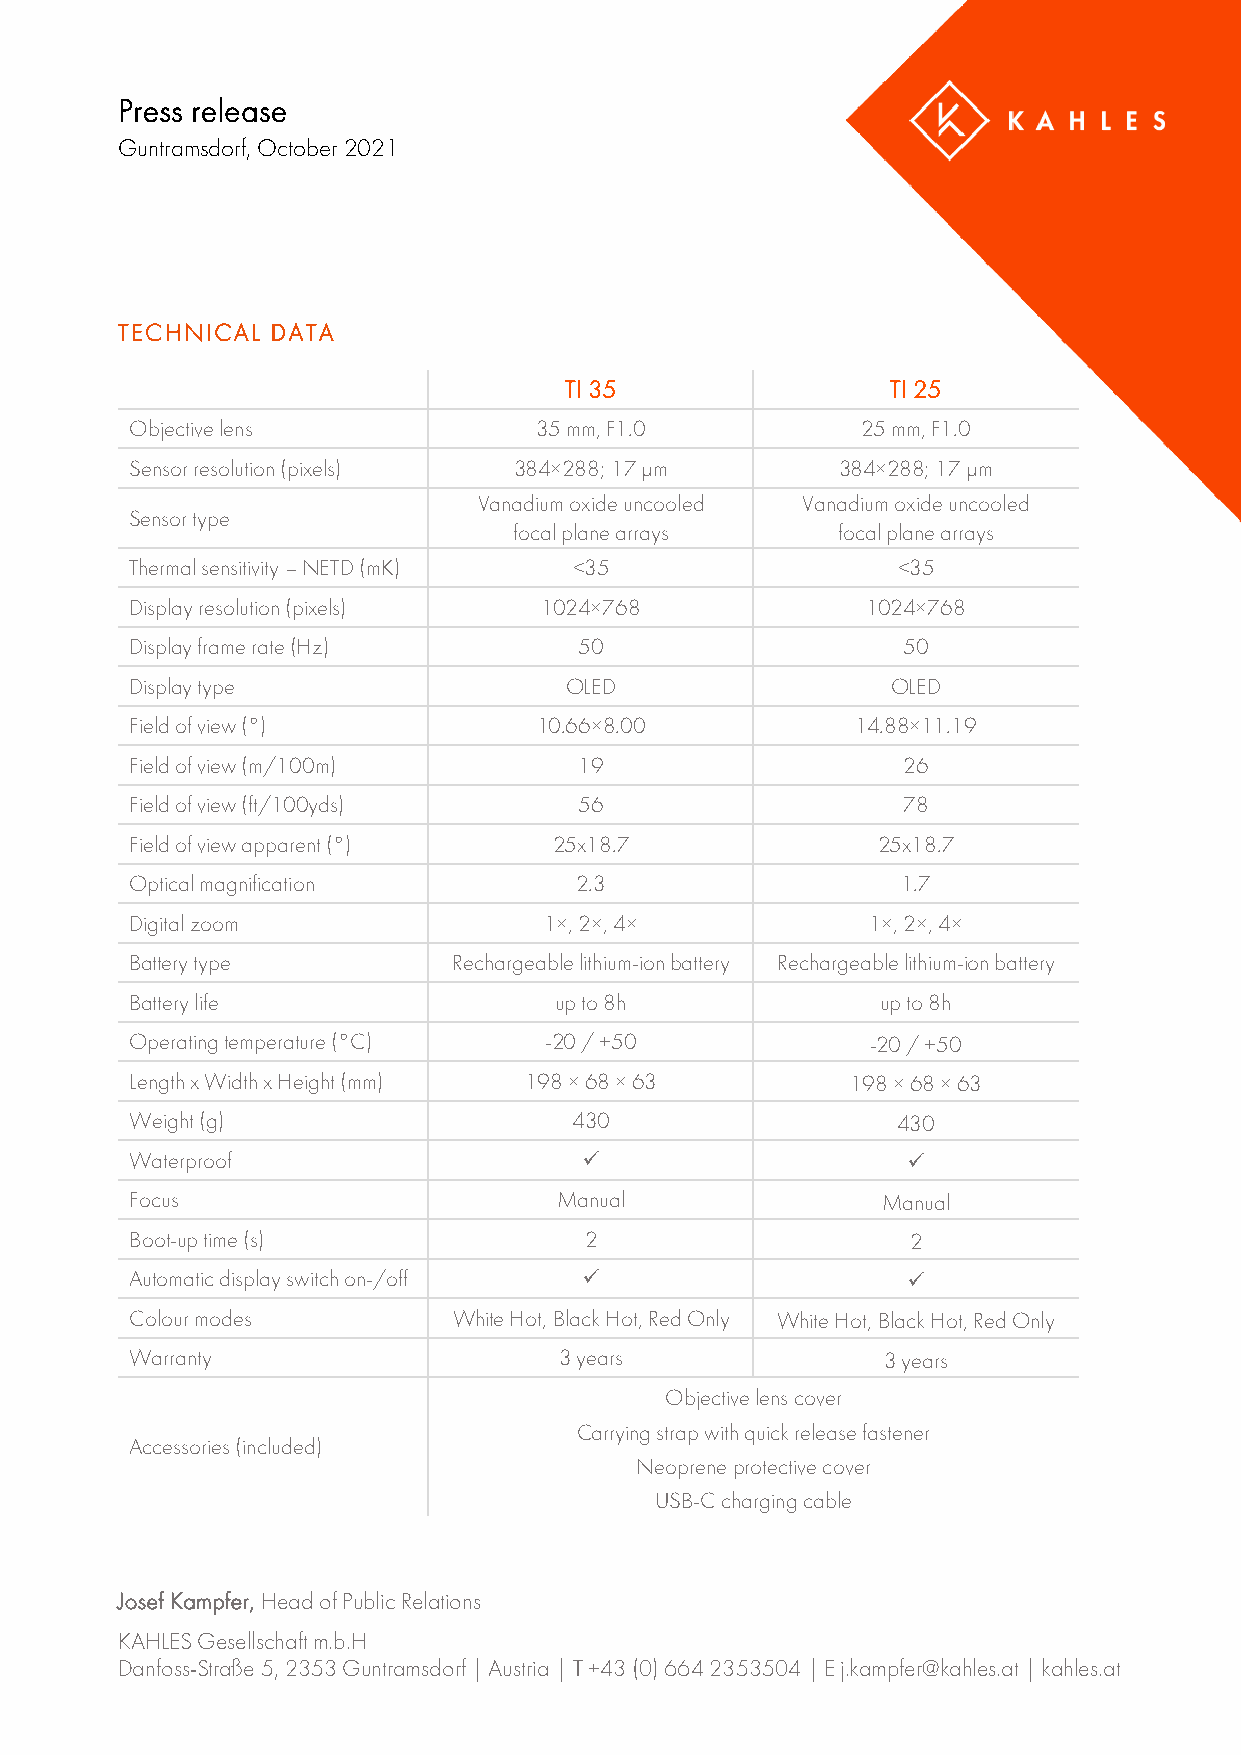
Press release
 Guntramsdorf, October 2021
 TECHNICAL DATA
 TI 35                 TI 25
 Objective lens            35 mm, F1.0           25 mm, F1.0
 Sensor resolution (pixels) 384×288; 17 μm     384×288; 17 μm
 Vanadium oxide uncooled Vanadium oxide uncooled
 Sensor type
 focal plane arrays   focal plane arrays
 Thermal sensitivity – NETD (mK) <35               <35
 Display resolution (pixels) 1024×768            1024×768
 Display frame rate (Hz)      50                    50
 Display type                OLED                  OLED
 Field of view (°)          10.66×8.00           14.88×11.19
 Field of view (m/100m)       19                    26
 Field of view (ft/100yds)    56                    78
 Field of view apparent (°)  25x18.7              25x18.7
 Optical magnification        2.3                   1.7
 Digital zoom               1×, 2×, 4×            1×, 2×, 4×
 Battery type         Rechargeable lithium-ion battery Rechargeable lithium-ion battery
 Battery life                up to 8h             up to 8h
 Operating temperature (°C) -20 / +50             -20 / +50
 Length x Width x Height (mm) 198 × 68 × 63     198 × 68 × 63
 Weight (g)                   430                  430
 Waterproof                                        
 Focus                       Manual               Manual
 Boot-up time (s)              2                    2
 Automatic display switch on-/off                  
 Colour modes         White Hot, Black Hot, Red Only White Hot, Black Hot, Red Only
 Warranty                    3 years              3 years
 Objective lens cover
 Carrying strap with quick release fastener
 Accessories (included)
 Neoprene protective cover
 USB-C charging cable
 Josef Kampfer, Head of Public Relations
 KAHLES Gesellschaft m.b.H
 Danfoss-Straße 5, 2353 Guntramsdorf | Austria | T +43 (0) 664 2353504 | E j.kampfer@kahles.at | kahles.at